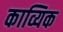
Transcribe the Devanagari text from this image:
काव्यिक